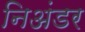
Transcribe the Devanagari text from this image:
निअंडर